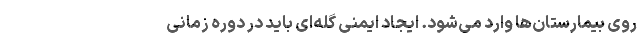
روی بیمارستان‌ها وارد می‌شود. ایجاد ایمنی گله‌ای باید در دوره زمانی